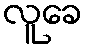
လူခေ